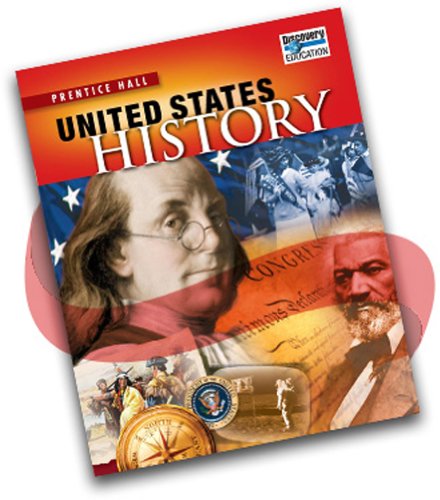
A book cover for UNITED STATES HISTORY 2010 SURVEY STUDENT EDITION GRADE 11/12; PRENTICE HALL; Teen & Young Adult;